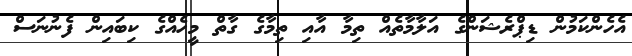
އެހެންކަމުން ޑިޕްރެޝަންގެ އަލާމާތެއް ތިމާ އާއި ތިމާގެ ގާތް މީހެއްގެ ކިބައިން ފެނުނަސް